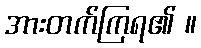
အားတက်ကြရ၏ ။